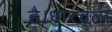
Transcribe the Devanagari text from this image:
है।धारचूला